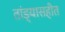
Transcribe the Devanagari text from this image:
तांड्यासहीत